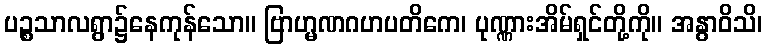
ပဉ္စသာလရွာ၌နေကုန်သော။ ဗြာဟ္မဏဂဟပတိကေ၊ ပုဏ္ဏားအိမ်ရှင်တို့ကို။ အနွာဝိသိ၊